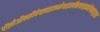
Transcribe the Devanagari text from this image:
पॉलीऑक्सीबेन्ज़ाइलमेथाइलीनग्लाइकोऐनहाइड्राइड